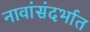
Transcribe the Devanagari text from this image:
नावांसंदर्भात